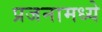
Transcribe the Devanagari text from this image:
प्रजनामध्ये